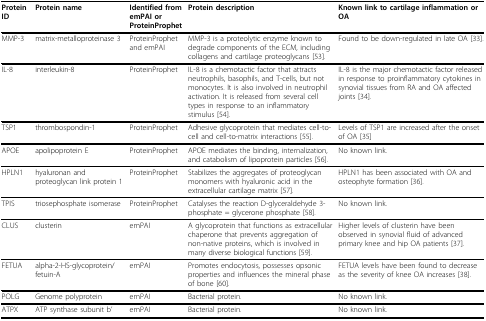
<table><thead><tr><td><b>Protein ID</b></td><td><b>Protein name</b></td><td><b>Identified from emPAI or ProteinProphet</b></td><td><b>Protein description</b></td><td><b>Known link to cartilage inflammation or OA</b></td></tr></thead><tbody><tr><td>MMP-3</td><td>matrix-metalloproteinase 3</td><td>ProteinProphet and emPAI</td><td>MMP-3 is a proteolytic enzyme known to degrade components of the ECM, including collagens and cartilage proteoglycans [53].</td><td>Found to be down-regulated in late OA [33].</td></tr><tr><td>IL-8</td><td>interleukin-8</td><td>ProteinProphet</td><td>IL-8 is a chemotactic factor that attracts neutrophils, basophils, and T-cells, but not monocytes. It is also involved in neutrophil activation. It is released from several cell types in response to an inflammatory stimulus [54].</td><td>IL-8 is the major chemotactic factor released in response to proinflammatory cytokines in synovial tissues from RA and OA affected joints [34].</td></tr><tr><td>TSP1</td><td>thrombospondin-1</td><td>ProteinProphet</td><td>Adhesive glycoprotein that mediates cell-to-cell and cell-to-matrix interactions [55].</td><td>Levels of TSP1 are increased after the onset of OA [35]</td></tr><tr><td>APOE</td><td>apolipoprotein E</td><td>ProteinProphet</td><td>APOE mediates the binding, internalization, and catabolism of lipoprotein particles [56].</td><td>No known link.</td></tr><tr><td>HPLN1</td><td>hyaluronan and proteoglycan link protein 1</td><td>ProteinProphet</td><td>Stabilizes the aggregates of proteoglycan monomers with hyaluronic acid in the extracellular cartilage matrix [57].</td><td>HPLN1 has been associated with OA and osteophyte formation [36].</td></tr><tr><td>TPIS</td><td>triosephosphate isomerase</td><td>ProteinProphet</td><td>Catalyses the reaction D-glyceraldehyde 3-phosphate = glycerone phosphate [58].</td><td>No known link.</td></tr><tr><td>CLUS</td><td>clusterin</td><td>emPAI</td><td>A glycoprotein that functions as extracellular chaperone that prevents aggregation of non-native proteins, which is involved in many diverse biological functions [59].</td><td>Higher levels of clusterin have been observed in synovial fluid of advanced primary knee and hip OA patients [37].</td></tr><tr><td>FETUA</td><td>alpha-2-HS-glycoprotein/fetuin-A</td><td>emPAI</td><td>Promotes endocytosis, possesses opsonic properties and influences the mineral phase of bone [60].</td><td>FETUA levels have been found to decrease as the severity of knee OA increases [38].</td></tr><tr><td>POLG</td><td>Genome polyprotein</td><td>emPAI</td><td>Bacterial protein.</td><td>No known link.</td></tr><tr><td>ATPX</td><td>ATP synthase subunit b&#x27;</td><td>emPAI</td><td>Bacterial protein.</td><td>No known link.</td></tr></tbody></table>